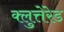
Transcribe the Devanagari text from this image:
क्लुत्तेरेड